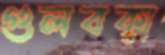
গুলবক্স